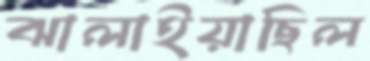
ঝালাইয়াছিল